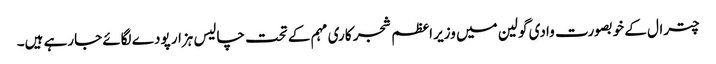
چترال کے خوبصورت وادی گولین میں وزیر اعظم شجر کاری مہم کے تحت چالیس ہزار پودے لگائے جارہے ہیں۔